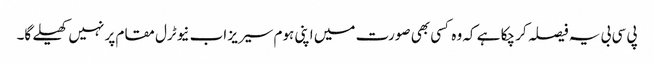
پی سی بی یہ فیصلہ کر چکا ہے کہ وہ کسی بھی صورت میں اپنی ہوم سیریز اب نیوٹرل مقام پر نہیں کھیلے گا۔